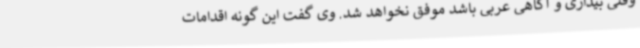
وقتی بیداری و آگاهی عربی باشد موفق نخواهد شد. وی گفت این گونه اقدامات